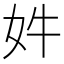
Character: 𫰔